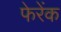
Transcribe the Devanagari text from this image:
फेरेंक